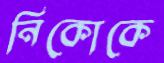
নিকোকে